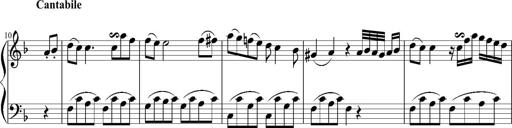
Title: 12 Sonatinas for Piano
Composer: Johann Baptist Vanhal